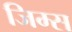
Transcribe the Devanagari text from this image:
जिम्स